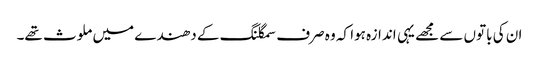
ان کی باتوں سے مجھے یہی اندازہ ہوا کہ وہ صرف سمگلنگ کے دھندے میں ملوث تھے۔